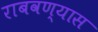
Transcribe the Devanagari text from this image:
राबवण्यास